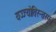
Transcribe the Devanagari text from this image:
यज्ज्योतिरन्तरमृतं